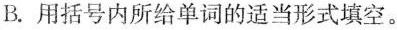
B.用括号内所给单词的适当形式填空。